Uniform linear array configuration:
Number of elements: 24
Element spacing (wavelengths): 0.5
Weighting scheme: exponential
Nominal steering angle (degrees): -60
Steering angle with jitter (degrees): -59.562
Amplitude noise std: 0.05
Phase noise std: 0.05

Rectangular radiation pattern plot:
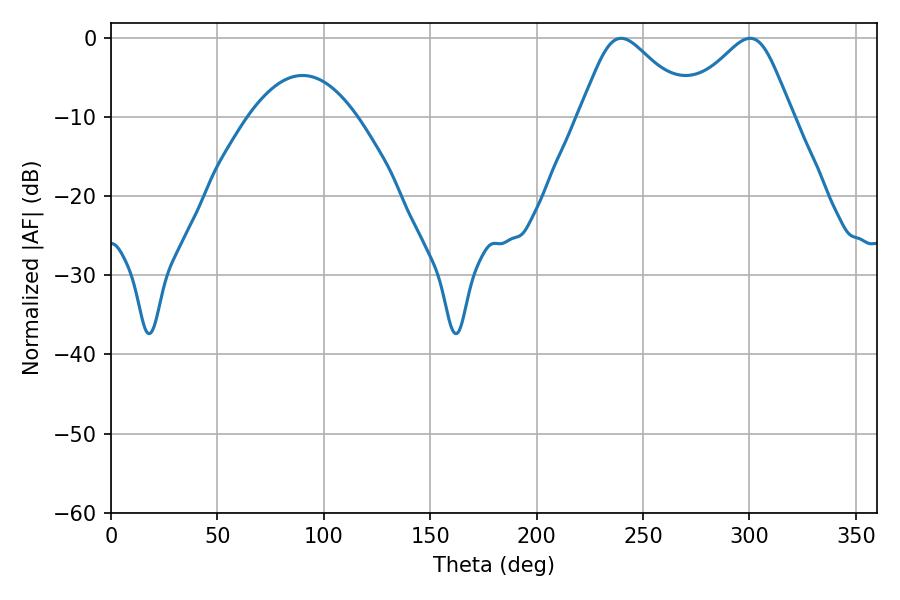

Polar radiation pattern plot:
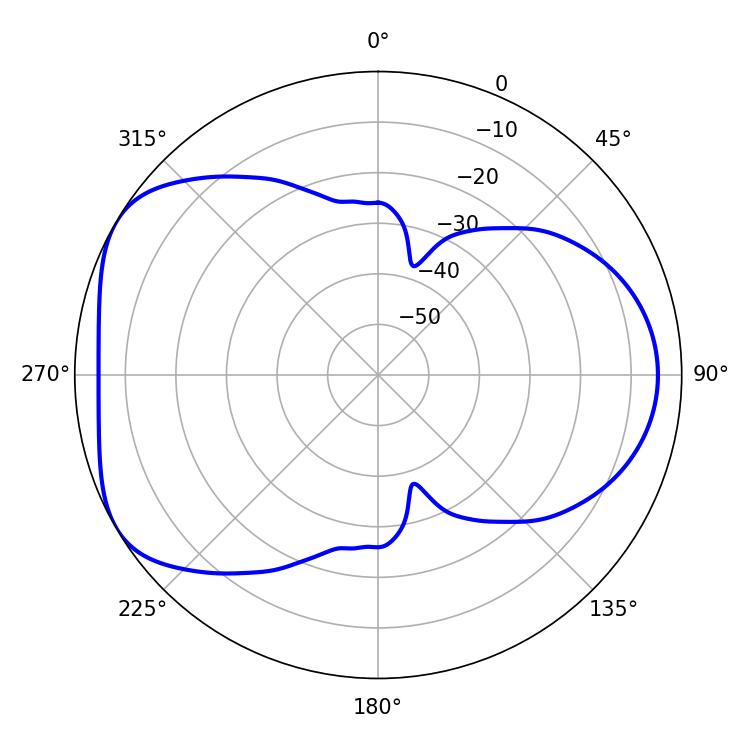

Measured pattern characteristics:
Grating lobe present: FALSE
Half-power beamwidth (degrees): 25.74
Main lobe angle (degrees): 239.76